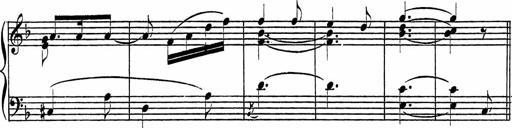
Title: Piano Sonatinas
Composer: Charles Fradel